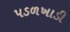
પડળખાડી